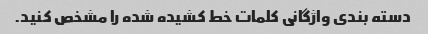
دسته بندی واژگانی کلمات خط کشیده شده را مشخص کنید.